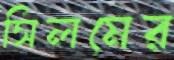
সিলমের